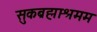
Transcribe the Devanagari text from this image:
सुकब्रह्माश्रमम